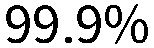
99.9%